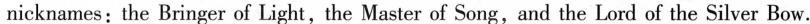
nicknames:the Bringer of Light,the Master of Song,and the Lord of the Silver Bow.